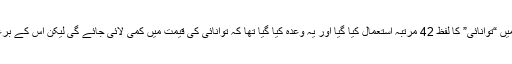
مسلم لیگ (ن) کے انتخابی منشور میں “توانائی” کا لفظ 42 مرتبہ استعمال کیا گیا اور یہ وعدہ کیا گیا تھا کہ توانائی کی قیمت میں کمی لائی جائے گی لیکن اس کے برعکس قیمتوں میں اضافہ کردیا گیا ۔